Vabadussoja_Ajaloo_Komitee, lk 39
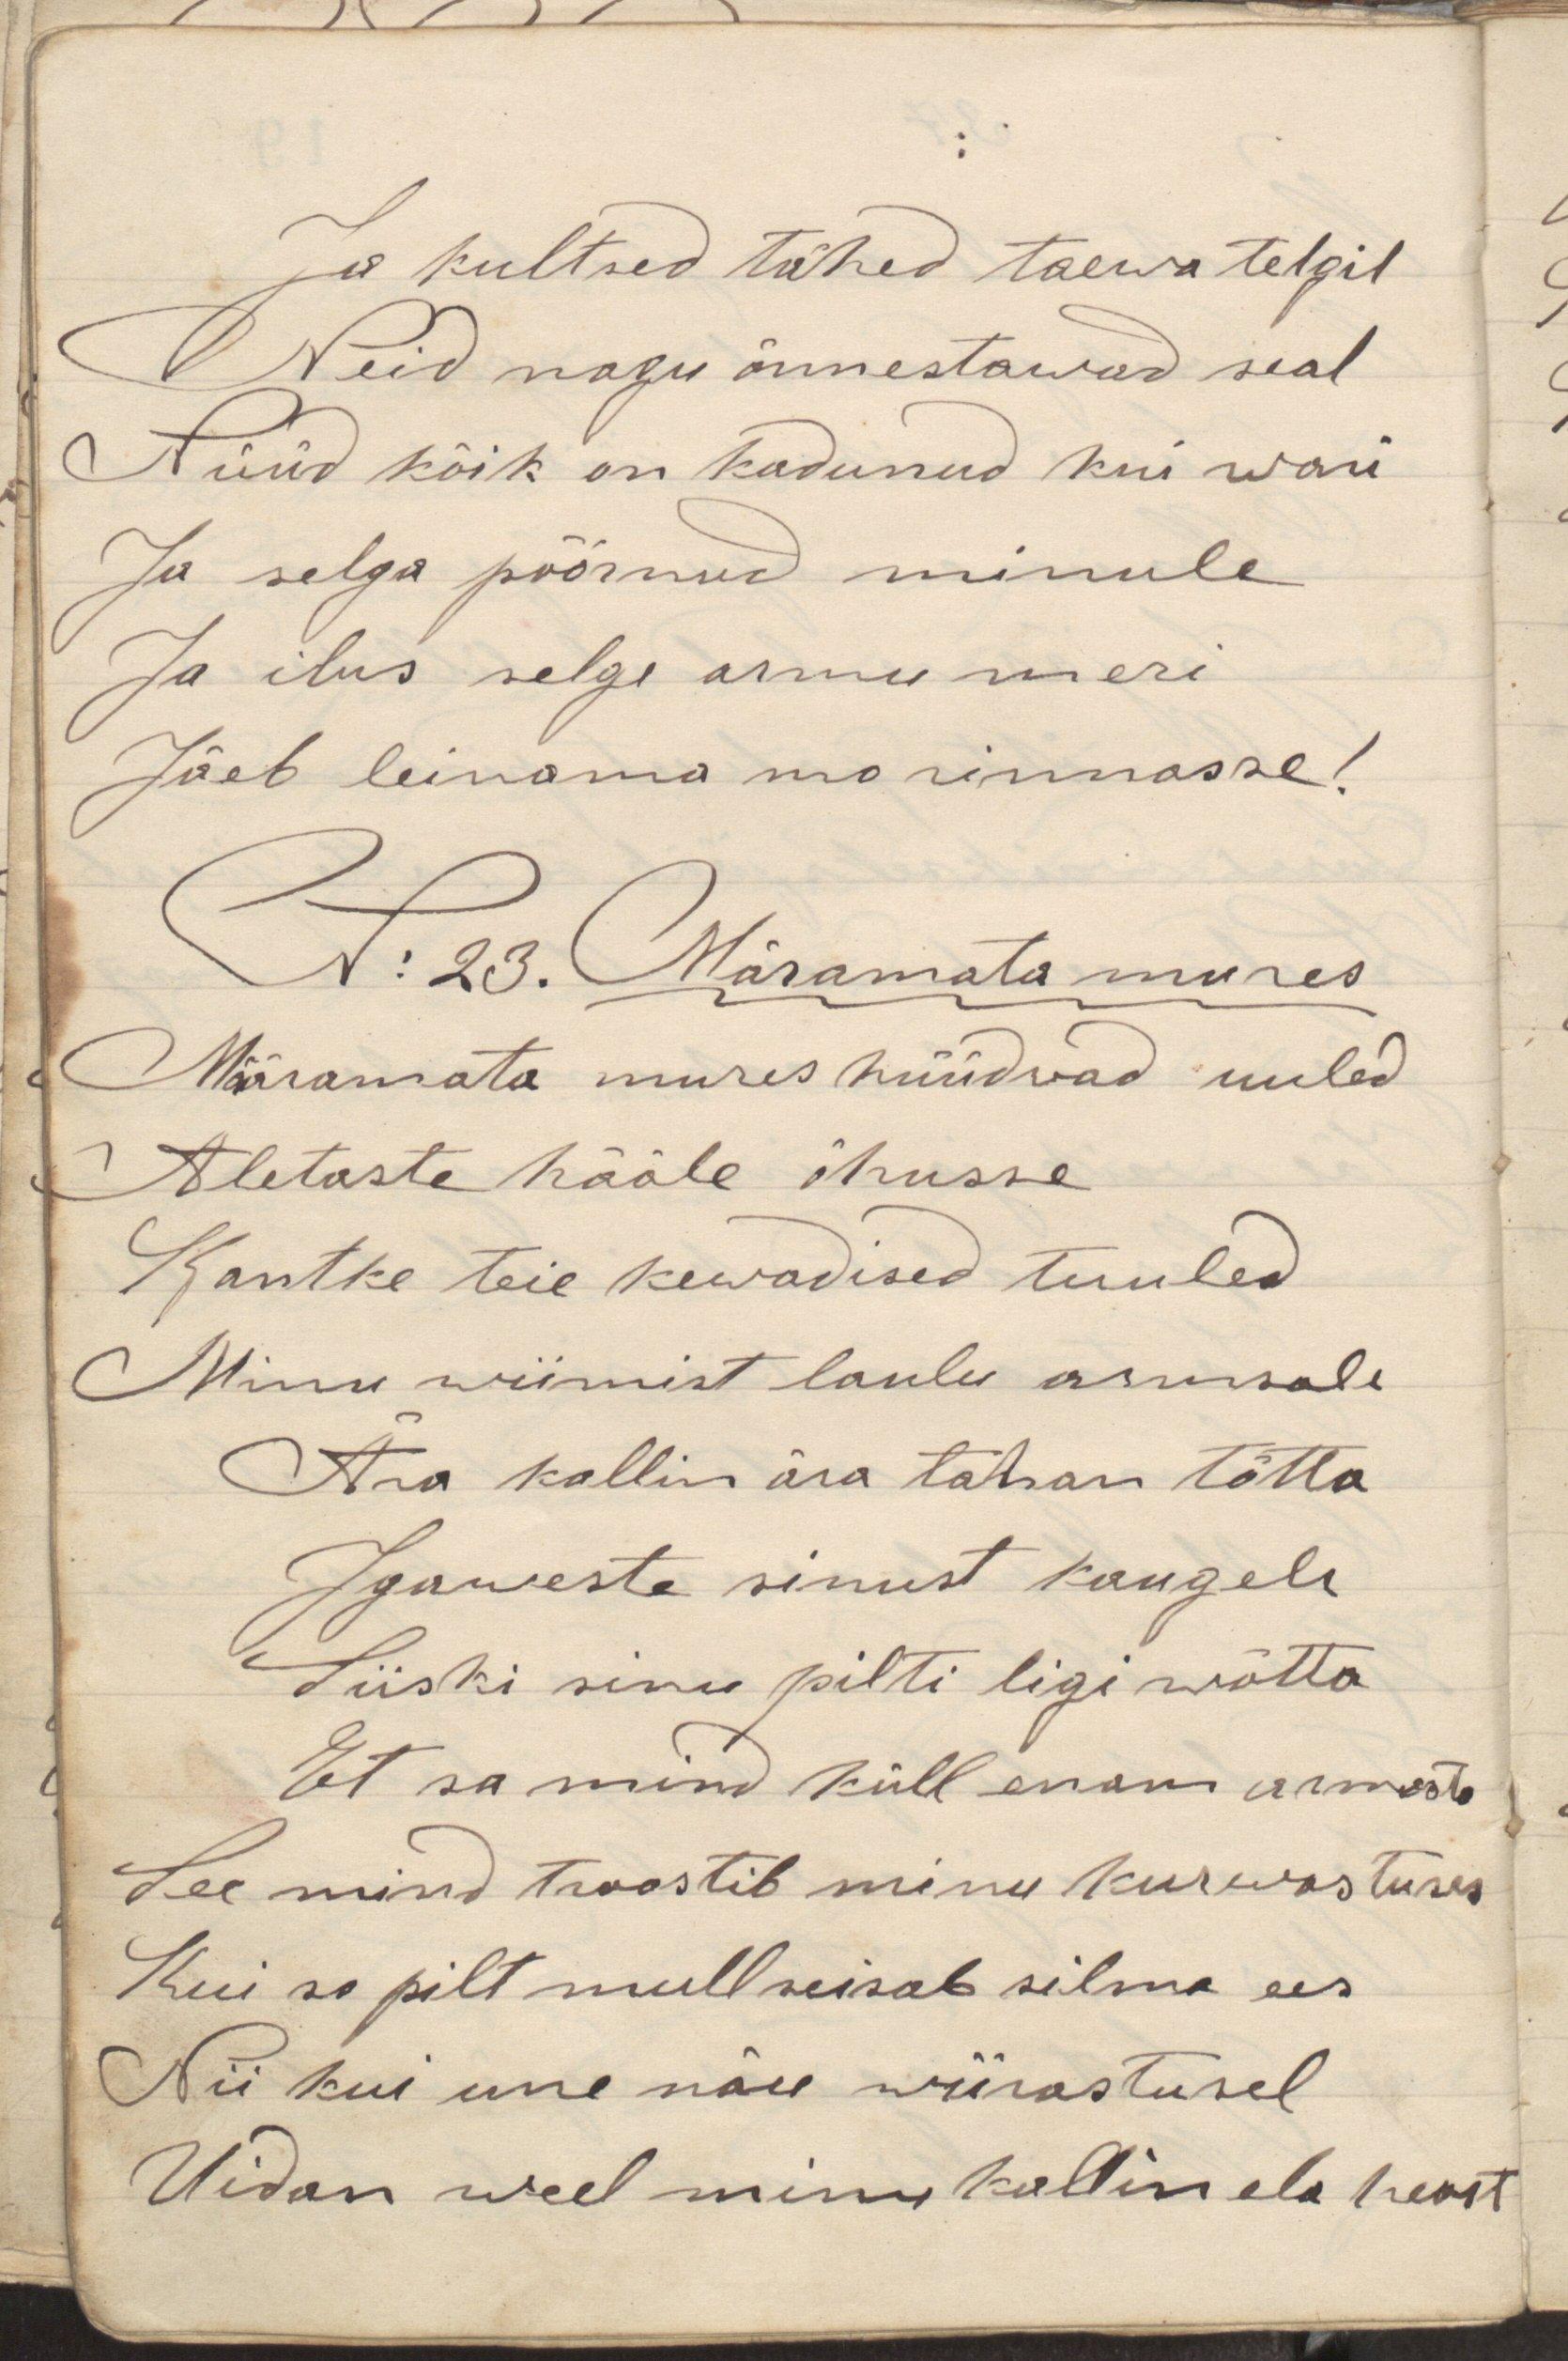
Ja kultsed tähed taewa telgil
Neid nagu õnnestawad seal
Nüüd kõik on kadunud kui wari
Ja selga pöörnud minule
Ja ilus selge armu meri
Jäeb leinama mo rinnasse!
N: 23. Märamata mures
Määramata mures hüüdvad uuled
Aletuste hääle ihusse
Kandke teie kewadised tuuled
Minu wiimist laulu armsale
Ära kallim ära tahan tõtta
Igaweste sinust kaugele
Siiski sinu pilti ligi wõtta
Et sa mind küll enam armasta
See mind troostib minu kurwastuses
Kui su pilt mull seisab silma ees
Nii kui une näu wiirastusel
Uidan weel minu kallimale heast